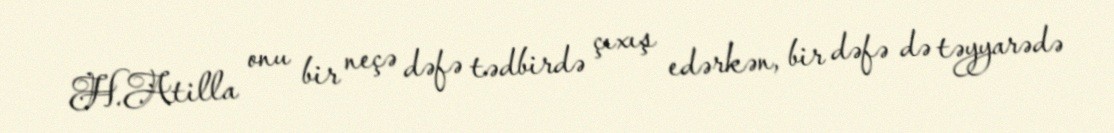
H.Atilla onu bir neçə dəfə tədbirdə çıxış edərkən, bir dəfə də təyyarədə